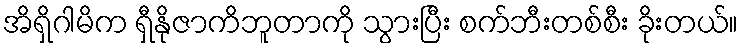
အိရှိဂါမိက ရှီနိုဇာကိဘူတာကို သွားပြီး စက်ဘီးတစ်စီး ခိုးတယ်။